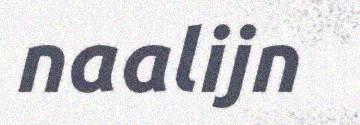
naalijn